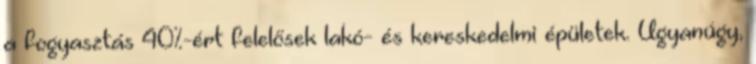
a fogyasztás 40%-ért felelősek lakó- és kereskedelmi épületek. Ugyanúgy,